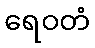
ရေဝတံ